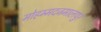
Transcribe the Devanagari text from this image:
मोहम्मदजमालपुर